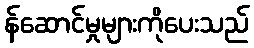
န်ဆောင်မှုများကိုပေးသည်